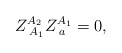
\begin{align*}Z_{\;A_1}^{A_2}Z_{\;a}^{A_1}=0,\end{align*}